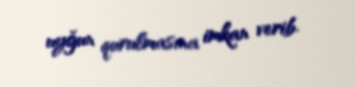
uyğun qurulmasına imkan verib.